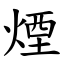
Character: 煙